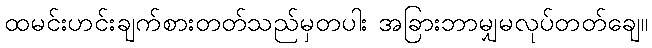
ထမင်းဟင်းချက်စားတတ်သည်မှတပါး အခြားဘာမျှမလုပ်တတ်ချေ။